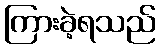
ကြားခဲ့ရသည်